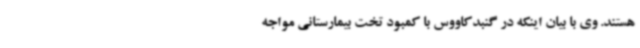
هستند. وی با بیان اینکه در گنبدکاووس با کمبود تخت بیمارستانی مواجه